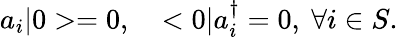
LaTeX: a_{i}|0>=0,\ \ \ <0|a_{i}^{\dagger}=0,\ \forall i\in S.